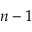
n - 1